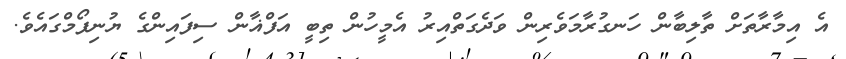
އެ އިމާރާތަށް ތާލިބާން ހަނގުރާމަވެރިން ވަދެގަތްއިރު އެމީހުން ތިބީ އަފްޣާން ސިފައިންގެ ޔުނިފޯމްގައެވެ.